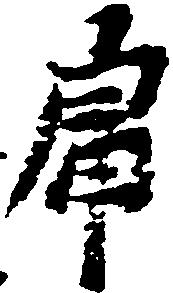
虎